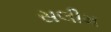
સલીમ